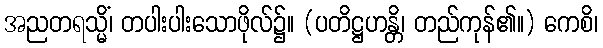
အညတရသ္မိံ၊ တပါးပါးသောဖိုလ်၌။ (ပတိဋ္ဌဟန္တိ၊ တည်ကုန်၏။) ကေစိ၊